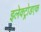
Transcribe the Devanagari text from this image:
इलेक्ट्रोडएक